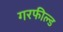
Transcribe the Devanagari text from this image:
गरफील्ड